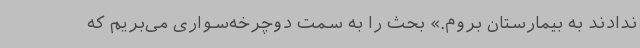
ندادند به بیمارستان بروم.» بحث را به سمت دوچرخه‌سواری می‌بریم که